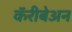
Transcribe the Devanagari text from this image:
कॅरीबेअन